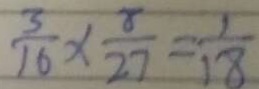
\frac { 3 } { 1 6 } \times \frac { 8 } { 2 7 } = \frac { 1 } { 1 8 }